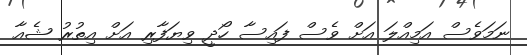
ނަމަވެސް އަމިއްލަ އަށް ވެސް ފައިސާ ހޯދީ ވިޔަފާރި އަށް އިތުރު ޝެއާ